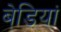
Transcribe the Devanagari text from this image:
बेडि़यां